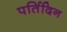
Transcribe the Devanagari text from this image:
पर्तिदिन